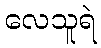
လေသူရဲ